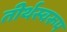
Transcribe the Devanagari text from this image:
तीर्थस्वरूप